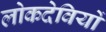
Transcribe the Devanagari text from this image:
लोकदेवियों